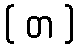
( တ )